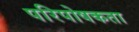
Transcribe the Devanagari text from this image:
परिपोषकता